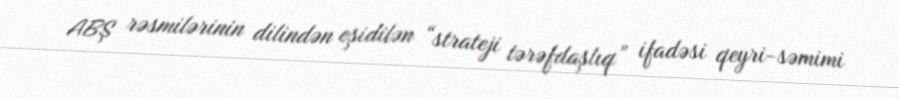
ABŞ rəsmilərinin dilindən eşidilən “strateji tərəfdaşlıq” ifadəsi qeyri-səmimi